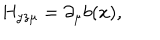
H _ { y z \mu } = \partial _ { \mu } b ( x ) ,